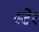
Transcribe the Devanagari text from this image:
स्टेर